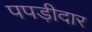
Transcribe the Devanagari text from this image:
पपड़ीदार